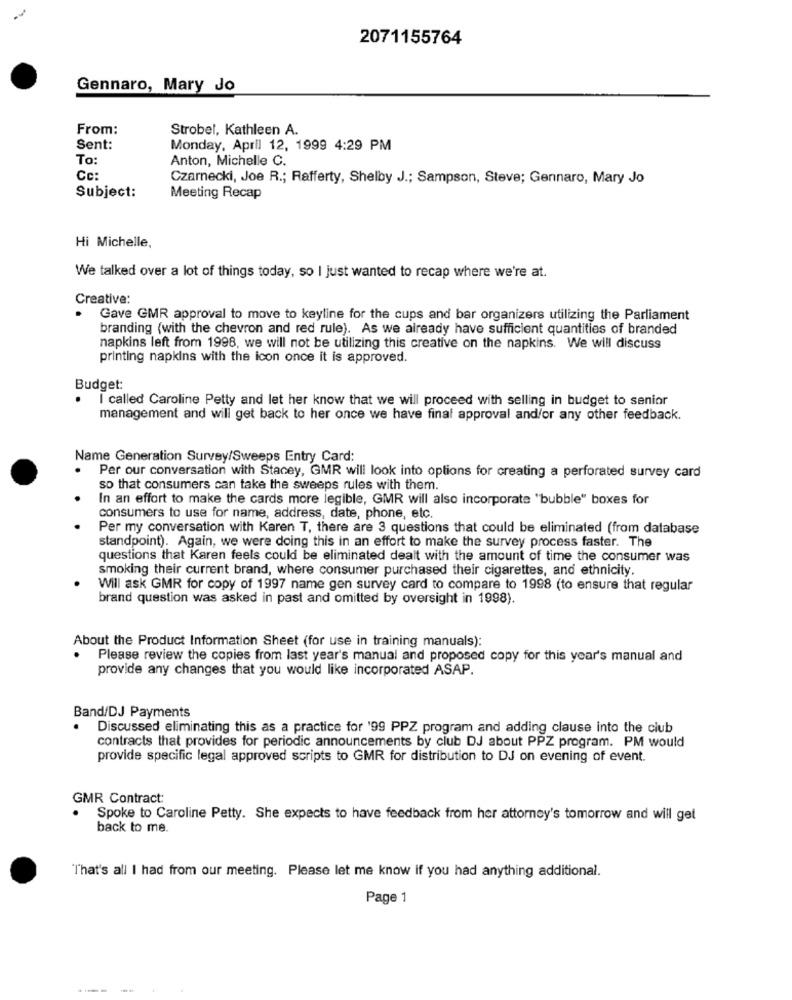
2071155764
Gennaro, Mary Jo
From:
Strobel, Kathleen A.
Sent:
Monday, April 12, 1999 4:29 PM
To:
Anton, Michelle C.
Cc:
Czarnecki, Joe R .; Rafferty, Shelby J .; Sampson, Steve; Gennaro, Mary Jo
Subject:
Meeting Recap
Hi Michelle,
We talked over a lot of things today, so I just wanted to recap where we're at.
Creative:
Gave GMR approval to move to keyline for the cups and bar organizers utilizing the Parliament
branding (with the chevron and red rule). As we already have sufficient quantities of branded
napkins left from 1998, we will not be utilizing this creative on the napkins. We will discuss
printing napkins with the icon once it is approved.
Budget:
I called Caroline Petty and let her know that we will proceed with selling in budget to senior
management and will get back to her once we have final approval and/or any other feedback.
Name Generation Survey/Sweeps Entry Card:
Per our conversation with Stacey, GMR will look into options for creating a perforated survey card
so that consumers can take the sweeps rules with them.
In an effort to make the cards more legible, GMR will also incorporate "bubble" boxes for
consumers to use for name, address, date, phone, etc.
Per my conversation with Karen T, there are 3 questions that could be eliminated (from database
standpoint). Again, we were doing this in an effort to make the survey process faster. The
questions that Karen feels could be eliminated dealt with the amount of time the consumer was
smoking their current brand, where consumer purchased their cigarettes, and ethnicity.
Will ask GMR for copy of 1997 name gen survey card to compare to 1998 (to ensure that regular
brand question was asked in past and omitted by oversight in 1998).
About the Product Information Sheet (for use in training manuals):
Please review the copies from last year's manual and proposed copy for this year's manual and
provide any changes that you would like incorporated ASAP.
Band/DJ Payments
Discussed eliminating this as a practice for '99 PPZ program and adding clause into the club
contracts that provides for periodic announcements by club DJ about PPZ program. PM would
provide specific legal approved scripts to GMR for distribution to DJ on evening of event.
GMR Contract:
.
Spoke to Caroline Petty. She expects to have feedback from her attorney's tomorrow and will get
back to me.
"That's all I had from our meeting. Please let me know if you had anything additional.
Page 1